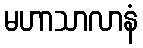
မဟာသာလာနံ